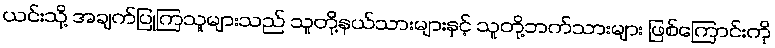
ယင်းသို့ အချက်ပြုကြသူများသည် သူတို့နယ်သားများနှင့် သူတို့ဘက်သားများ ဖြစ်ကြောင်းကို